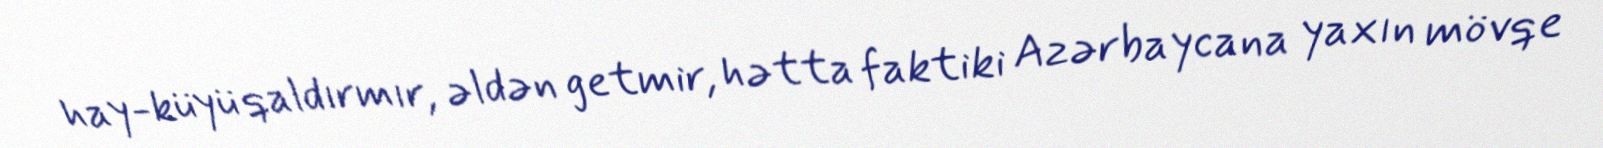
hay-küyü qaldırmır, əldən getmir, hətta faktiki Azərbaycana yaxın mövqe